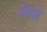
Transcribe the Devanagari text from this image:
नेपो